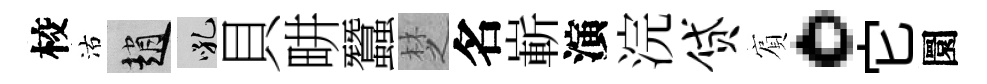
校沽趙吼貝畊蠶椘名嶄演浣贷賔。它圜